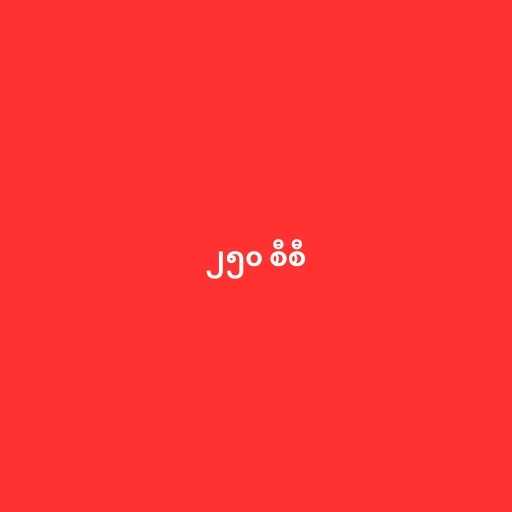
၂၅၀ စီစီ